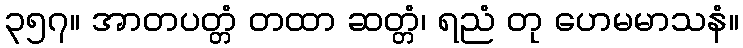
၃၅၇။ အာတပတ္တံ တထာ ဆတ္တံ၊ ရညံ တု ဟေမမာသနံ။